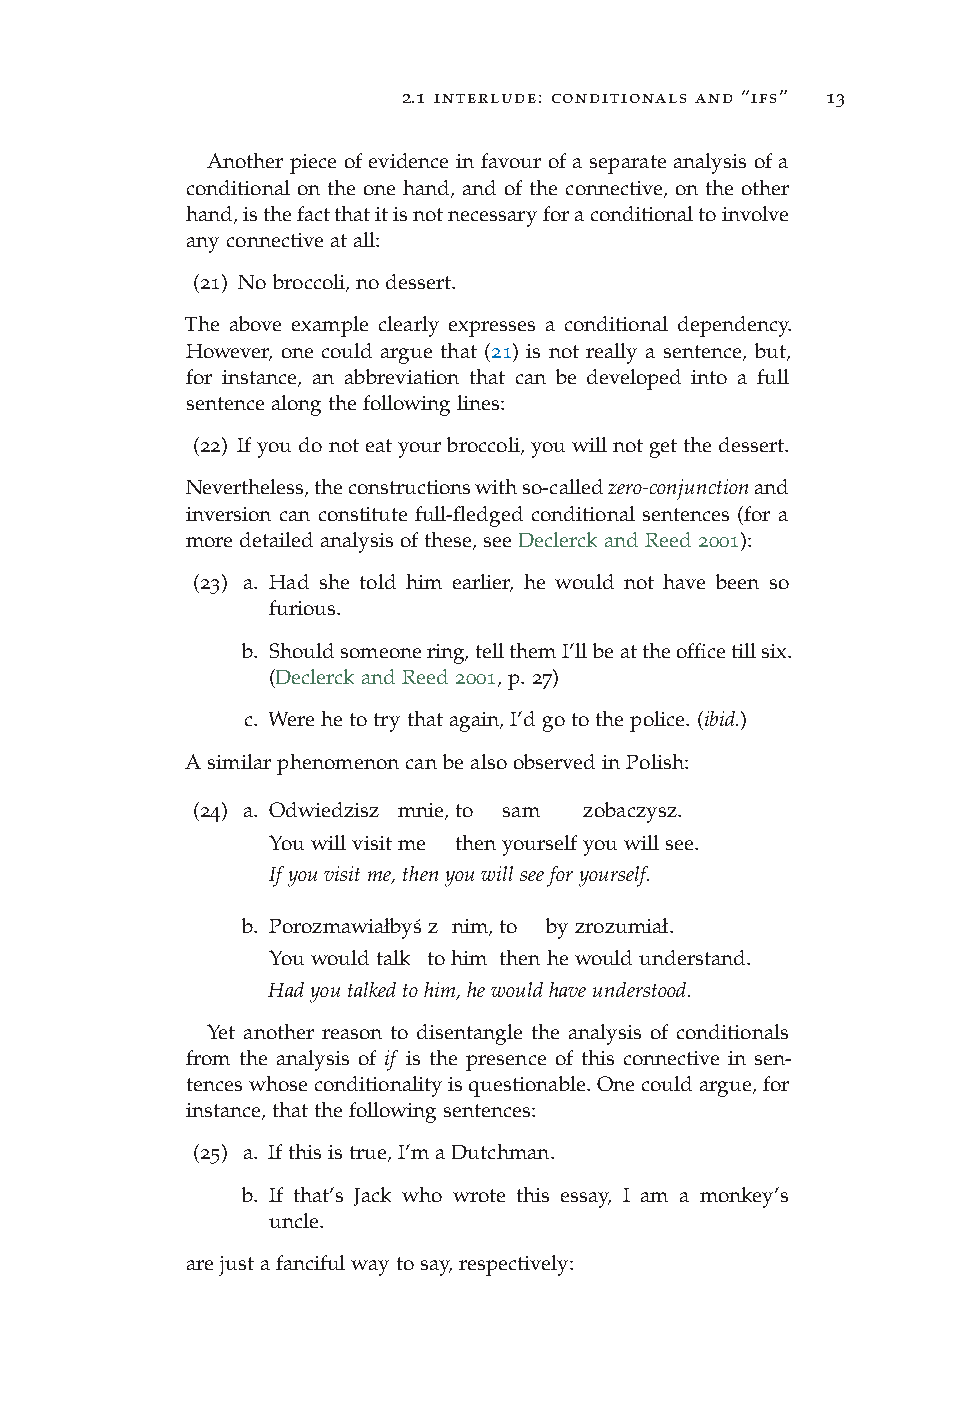
2.1 interlude: conditionals and “ifs” 13
 Another piece of evidence in favour of a separate analysis of a
 conditional on the one hand, and of the connective, on the other
 hand,isthefactthatitisnotnecessaryforaconditionaltoinvolve
 anyconnectiveatall:
 (21) Nobroccoli,nodessert.
 The above example clearly expresses a conditional dependency.
 However, one could argue that (21) is not really a sentence, but,
 for instance, an abbreviation that can be developed into a full
 sentencealongthefollowinglines:
 (22) Ifyoudonoteatyourbroccoli,youwillnotgetthedessert.
 Nevertheless,theconstructionswithso-calledzero-conjunctionand
 inversion can constitute full-fledged conditional sentences (for a
 moredetailedanalysisofthese,seeDeclerckandReed2001):
 (23) a. Had she told him earlier, he would not have been so
 furious.
 b. Shouldsomeonering,tellthemI’llbeattheofficetillsix.
 (DeclerckandReed2001,p.27)
 c. Werehetotrythatagain,I’dgotothepolice.(ibid.)
 AsimilarphenomenoncanbealsoobservedinPolish:
 (24) a. Odwiedzisz mnie,to sam zobaczysz.
 Youwillvisitme thenyourselfyouwillsee.
 Ifyouvisitme,thenyouwillseeforyourself.
 b. Porozmawiałbys´ z nim,to byzrozumiał.
 Youwouldtalk tohim thenhewouldunderstand.
 Hadyoutalkedtohim,hewouldhaveunderstood.
 Yet another reason to disentangle the analysis of conditionals
 from the analysis of if is the presence of this connective in sen-
 tenceswhoseconditionalityisquestionable.Onecouldargue,for
 instance,thatthefollowingsentences:
 (25) a. Ifthisistrue,I’maDutchman.
 b. If that’s Jack who wrote this essay, I am a monkey’s
 uncle.
 arejustafancifulwaytosay,respectively: